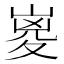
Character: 嵏